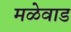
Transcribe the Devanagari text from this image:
मळेवाड